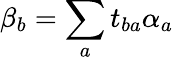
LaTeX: \beta_{b}=\sum_{a}t_{ba}\alpha_{a}